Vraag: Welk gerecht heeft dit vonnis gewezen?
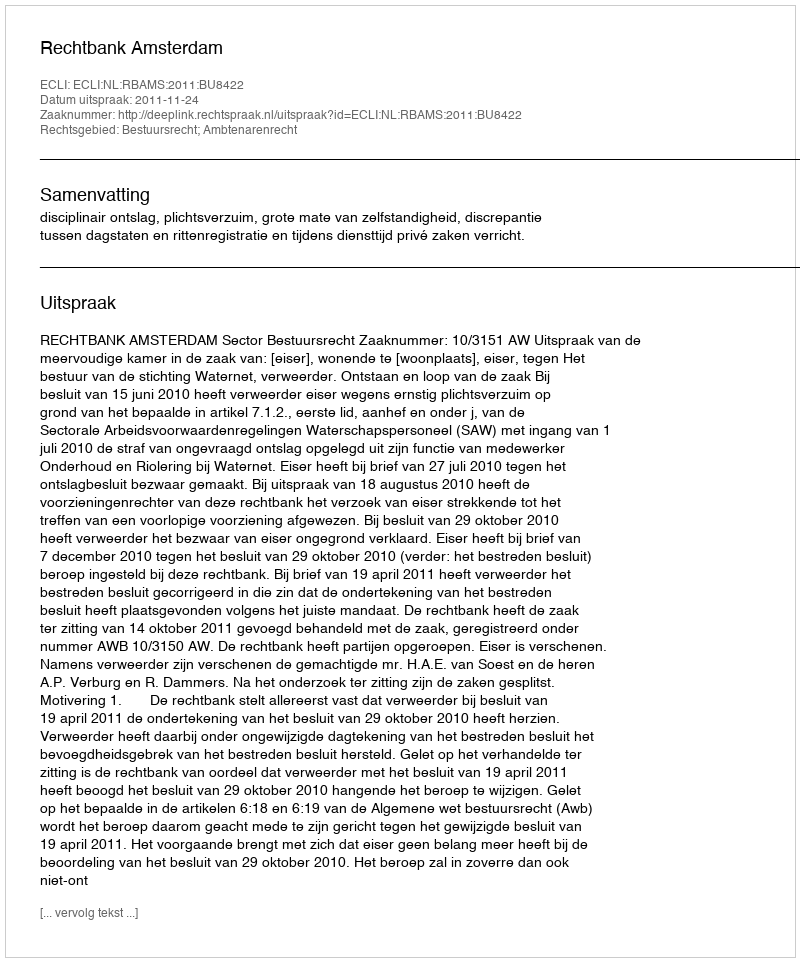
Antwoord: Rechtbank Amsterdam